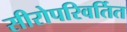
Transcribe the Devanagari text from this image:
सीरोपरिवर्तित